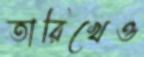
তারিখেও